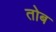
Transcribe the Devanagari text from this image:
तोब